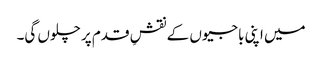
میں اپنی باجیوں کے نقشِ قدم پر چلوں گی۔